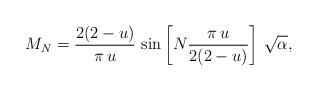
LaTeX: \begin{align*}M_{N}=\frac{2(2-u)}{\pi\,u}\,\sin\left[N \frac{\pi\,u}{2(2-u)}\right]\, \sqrt{\alpha},\end{align*}